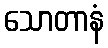
သောတာနံ